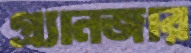
গ্র্যানজার